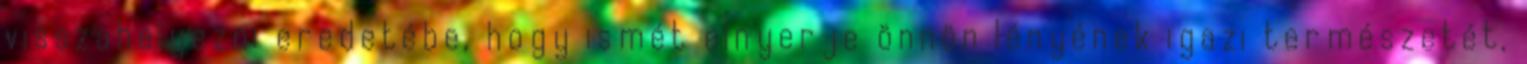
visszahelyezni eredetébe, hogy ismét elnyerje önnön lényének igazi természetét,